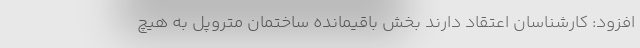
افزود: کارشناسان اعتقاد دارند بخش باقیمانده ساختمان متروپل به هیچ